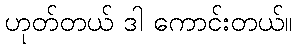
ဟုတ်တယ် ဒါ ကောင်းတယ်။